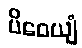
ပိဝေယျံ